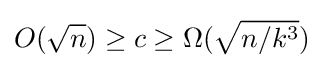
O({\sqrt {n}})\geq c\geq \Omega ({\sqrt {n/k^{3}}})